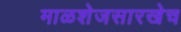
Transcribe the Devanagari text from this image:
माळशेजसारखेच